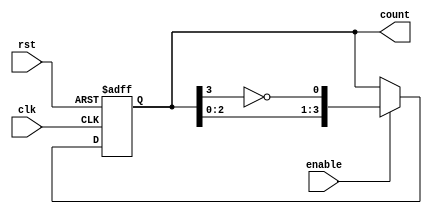
module johnson_counter (
    input wire clk,          // Clock input
    input wire rst,          // Reset input
    input wire enable,       // Enable signal
    output reg [3:0] count   // 4-bit counter output (adjust size as needed)
);

    // Counter states for a 4-bit Johnson counter
    always @(posedge clk or posedge rst) begin
        if (rst) begin
            count <= 4'b0000; // Reset the counter to 0
        end else if (enable) begin
            count <= {count[2:0], ~count[3]}; // Shift and feedback the inverted last bit
        end
        // If enable is low, retain the current state
    end

endmodule